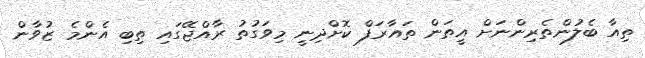
ތިއާ ބެލުންތެރިންނަށް އީތަން ތައާރަފް ކޮށްދިނީ މިވަގުތު ރާއްޖޭގައި ތިބި އެންމެ ޒުވާން